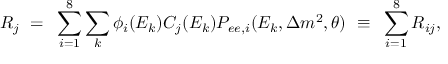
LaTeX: R _ { j } ~ = ~ \sum _ { i = 1 } ^ { 8 } \sum _ { k } \phi _ { i } ( E _ { k } ) C _ { j } ( E _ { k } ) P _ { e e , i } ( E _ { k } , \Delta m ^ { 2 } , \theta ) ~ \equiv ~ \sum _ { i = 1 } ^ { 8 } R _ { i j } ,